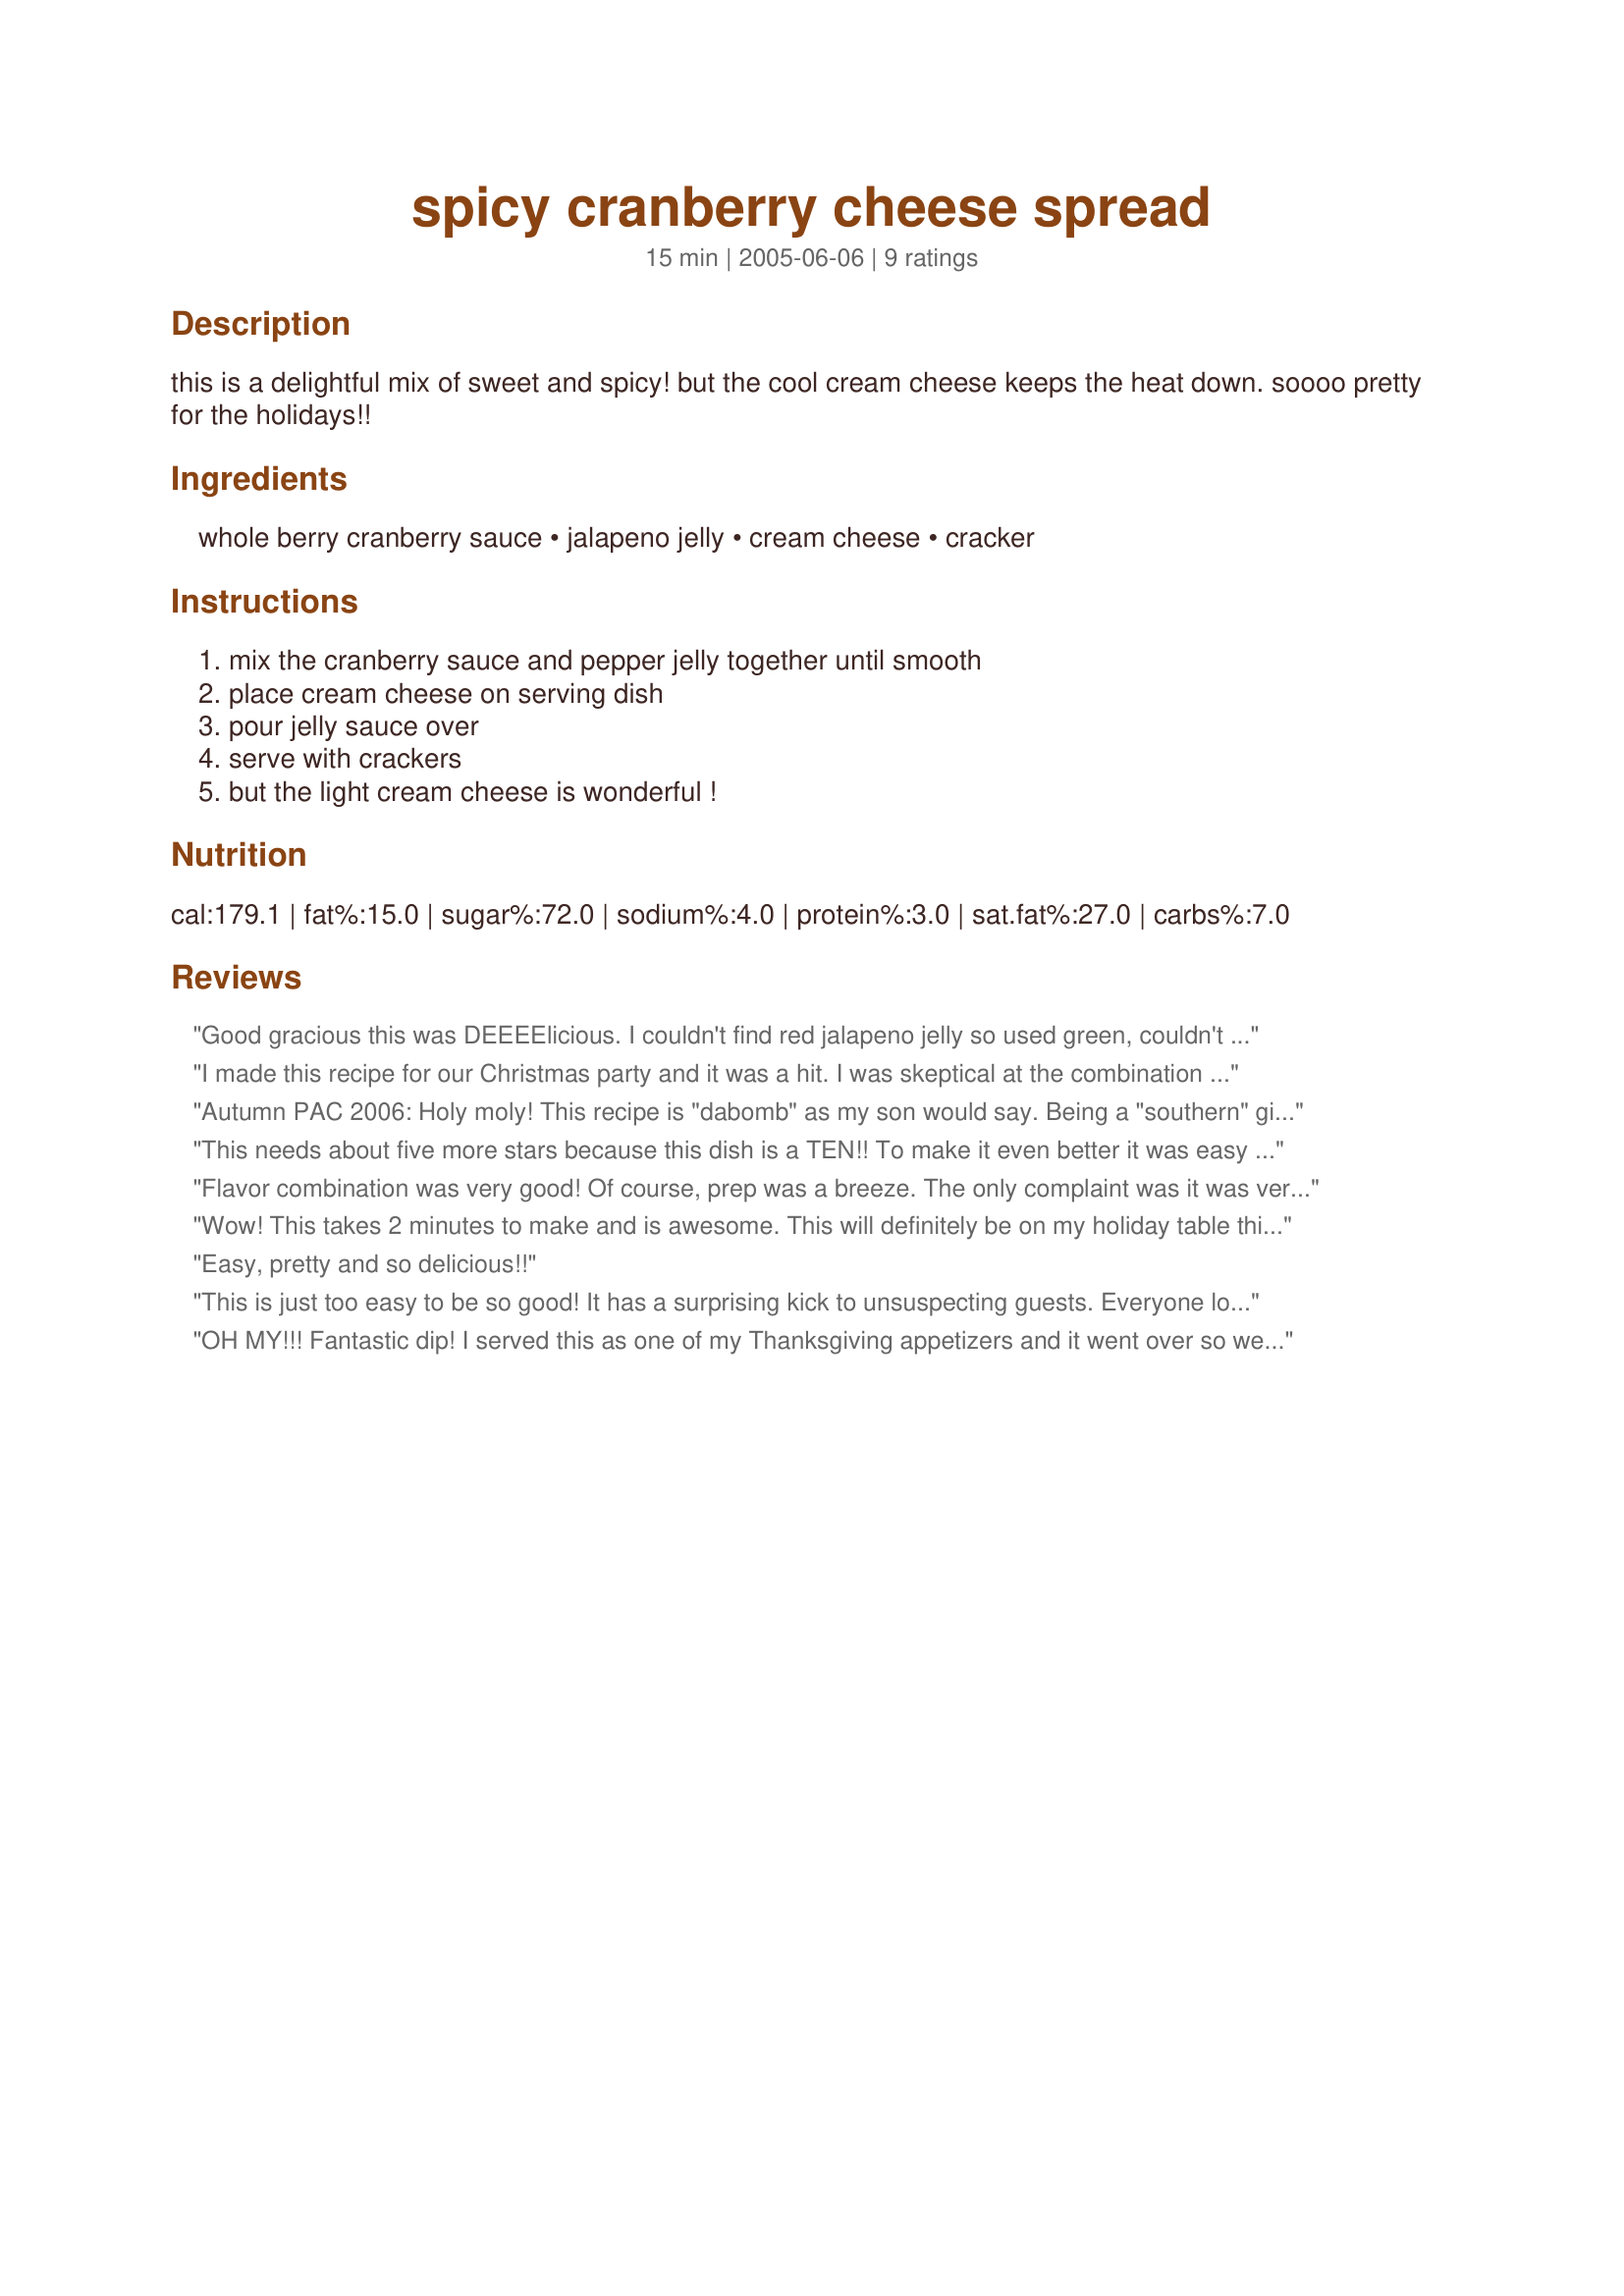
spicy cranberry cheese spread
Preparation time: 15 minutes

this is a delightful mix of sweet and spicy! but the cool cream cheese keeps the heat down. soooo pretty for the holidays!!

Ingredients:
whole berry cranberry sauce, jalapeno jelly, cream cheese, cracker

Steps:
mix the cranberry sauce and pepper jelly together until smooth, place cream cheese on serving dish, pour jelly sauce over, serve with crackers, but the light cream cheese is wonderful !

Reviews:
Good gracious this was DEEEElicious. I couldn't find red jalapeno jelly so used green, couldn't even tell with the cranberries; it remained red. This received rave reviews from the football watching crowd this Thanskgiving weekend and I used up my leftover cranberry sauce.Thanks charmie.
I made this recipe for our Christmas party and it was a hit. I was skeptical at the combination of the cranberry sauce and jalapeno jelly but it works! Everyone was wondering what it was. Thanks for posting!
Autumn PAC 2006:

Holy moly! This recipe is "dabomb" as my son would say. Being a "southern" girl, we've been putting pepper jelly on cream cheese for a quick party spread for all of my life...NEVER would have thought to use cranberry sauce with it, but BOY AM I GLAD I FOUND THIS RECIPE!!!

We had it at a church meeting last night and those ladies were lined up to get the recipe from me.

THANK YOU CHARMIE777. I'll be using this from now on!!!
This needs about five more stars because this dish is a TEN!! To make it even better it was easy as it was delicious.<br/><br/>Thank you for sharing. My husband and I made this Thanksgiving morning and have snacked on it all day as we cooked. Two words: Wonderfully Awesome!
Flavor combination was very good! Of course, prep was a breeze. The only complaint was it was very difficult to serve in a buffet line when everyone was trying to balance plates and scoop up the spread at the same time. For that situation, I wish I had combined all the ingredients to make it easier to serve. When folks are able to use both hands, this presentation approach would be fine.
Wow! This takes 2 minutes to make and is awesome. This will definitely be on my holiday table this year. Thanks Charmie!
Easy, pretty and so delicious!!
This is just too easy to be so good! It has a surprising kick to unsuspecting guests. Everyone loved it!
OH MY!!! Fantastic dip! I served this as one of my Thanksgiving appetizers and it went over so well!! I had a jar of the red jalapeno jelly already.. so when I was browsing for easy appetizers, I knew I had to give this one a try. I'm so glad that I did!! Even if you're not a huge fan of cranberries (which I am not) I would bet that this recipe would win you over. So easy, too. I served this with a variety of Pepperidge Farm crackers. YUMMY! Thanks, Charmie. :-)
